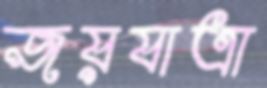
জয়যাত্রা